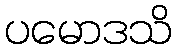
ပမောဒသိ